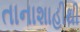
તાનાશાહીથી